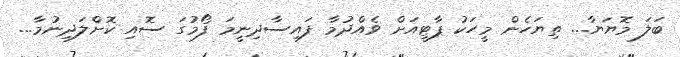
ބަލަ މޮޔަޔާ... ތިޔަހެން މީހަކު ޕާޓީއަށް ވެއްދުމާ ފައިސާދިނީމަ ފޯމުގަ ސޮއި ކޮށްލަދިނުމާ...